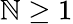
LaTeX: \mathbb{N}\geq1